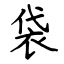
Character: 袋